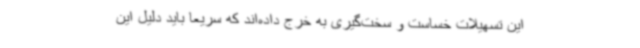
این تسهیلات خساست و سخت‌گیری به خرج داده‌اند که سریعا باید دلیل این